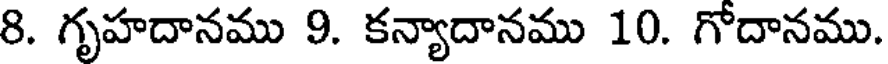
8. గృహదానము 9. కన్యాదానము 10. గోదానము.